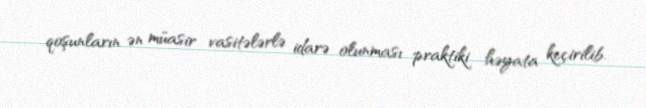
qoşunların ən müasir vasitələrlə idarə olunması praktiki həyata keçirilib.